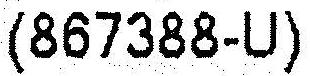
(867388-U)